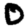
Digit: 0